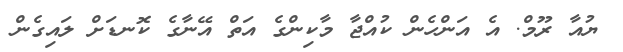
ޔުއާ ރޫމް. އެ އަންހެން ކުއްޖާ މާކިންގެ އަތް އޭނާގެ ކޮނޑަށް ލައިގެން